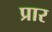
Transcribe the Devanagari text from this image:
प्रार